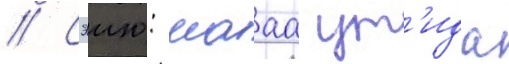
// Сэию: мааа ут'ида